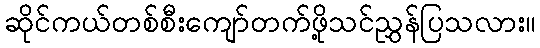
ဆိုင်ကယ်တစ်စီးကျော်တက်ဖို့သင်ညွှန်ပြသလား။